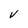
Character: V